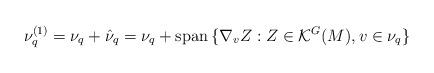
LaTeX: \begin{align*}\nu_q ^{(1)}= \nu _q + \hat{\nu}_q=\nu_q+ \mathrm {span}\, \{\nabla _v Z: Z\in \mathcal K ^G (M) , v\in \nu _q\}\end{align*}